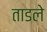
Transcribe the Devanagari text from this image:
ताडले